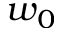
w _ { 0 }